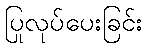
ပြုလုပ်ပေးခြင်း